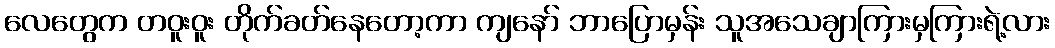
လေတွေက တဝူးဝူး တိုက်ခတ်နေတော့ကာ ကျနော် ဘာပြောမှန်း သူအသေချာကြားမှကြားရဲ့လား